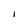
Character: I